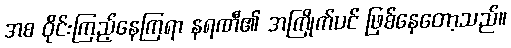
အစ ဝိုင်းကြည့်နေကြရာ နရဏီ၏ အကြိုက်ပင် ဖြစ်နေတော့သည်။